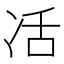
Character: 㓉